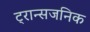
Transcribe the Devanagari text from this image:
ट्रान्सजनिक